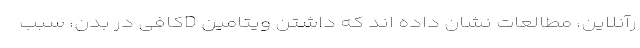
رآنلاین، مطالعات نشان داده اند که داشتن ویتامین Dکافی در بدن، سبب